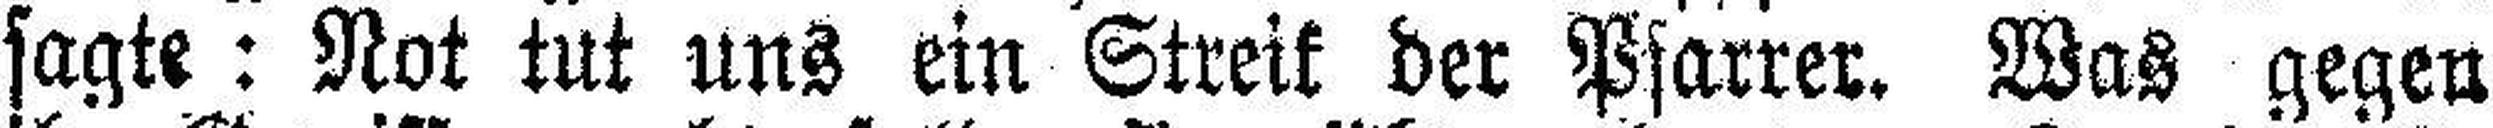
sagte: Not tut uns ein Streik der Pfarrer. Was gegen